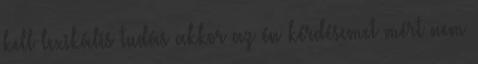
kell lexikális tudás akkor az én kérdésemet mért nem